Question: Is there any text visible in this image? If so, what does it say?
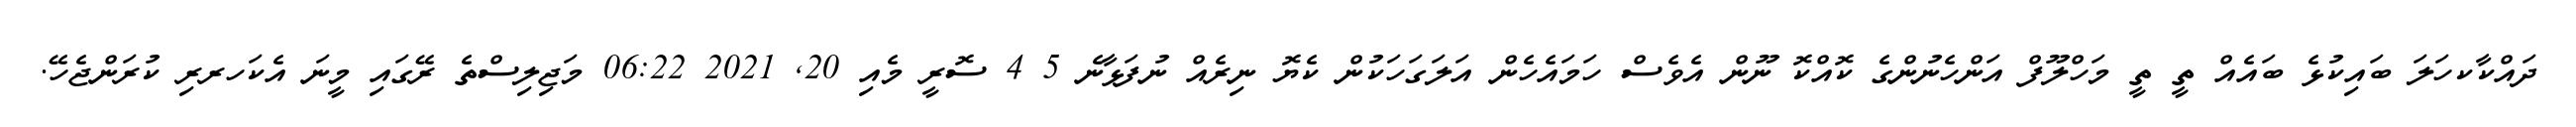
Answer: ދައްކާކހަލަ ބައިކުޅެ ބައެއް ތީ ތީ މަހްލޫފް އަންހެނުންގެ ކޮއްކޮ ނޫން އެވެސް ހަމައެހެން އަލަގަހަކުން ކެޔޮ ނިރެއް ނުފަޅާނެ 5 4 ސޮރީ މެއި 20, 2021 06:22 މަޖިލިސްތެ ރޭގައި މީނަ އެކަހރރި ކުރަންޖެހޭ.